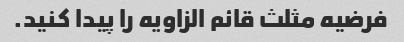
فرضیه مثلث قائم الزاویه را پیدا کنید.